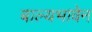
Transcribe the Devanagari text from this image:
बाल्यभावेन